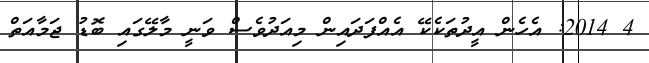
4 2014: އެހެން އީދުތަކެކޭ އެއްފަދައިން މިއަދުވެސް ވަނީ މާލޭގައި ބޮޑު ޖަމާއަތް